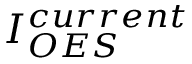
I _ { O E S } ^ { c u r r e n t }